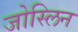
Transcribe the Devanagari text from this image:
जोस्लिन